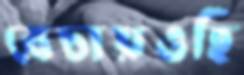
বেচায়ওছি